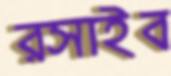
রসাইব